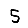
Digit: 5